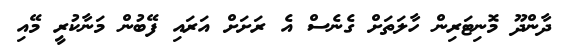
ދާންދޫ މޮނިޓަރިން ހާލަތަށް ގެނެސް އެ ރަށަށް އަރައި ފޭބުން މަނާކުރީ މޭއި